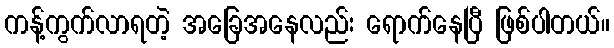
ကန့်ကွက်လာရတဲ့ အခြေအနေလည်း ရောက်နေပြီ ဖြစ်ပါတယ်။